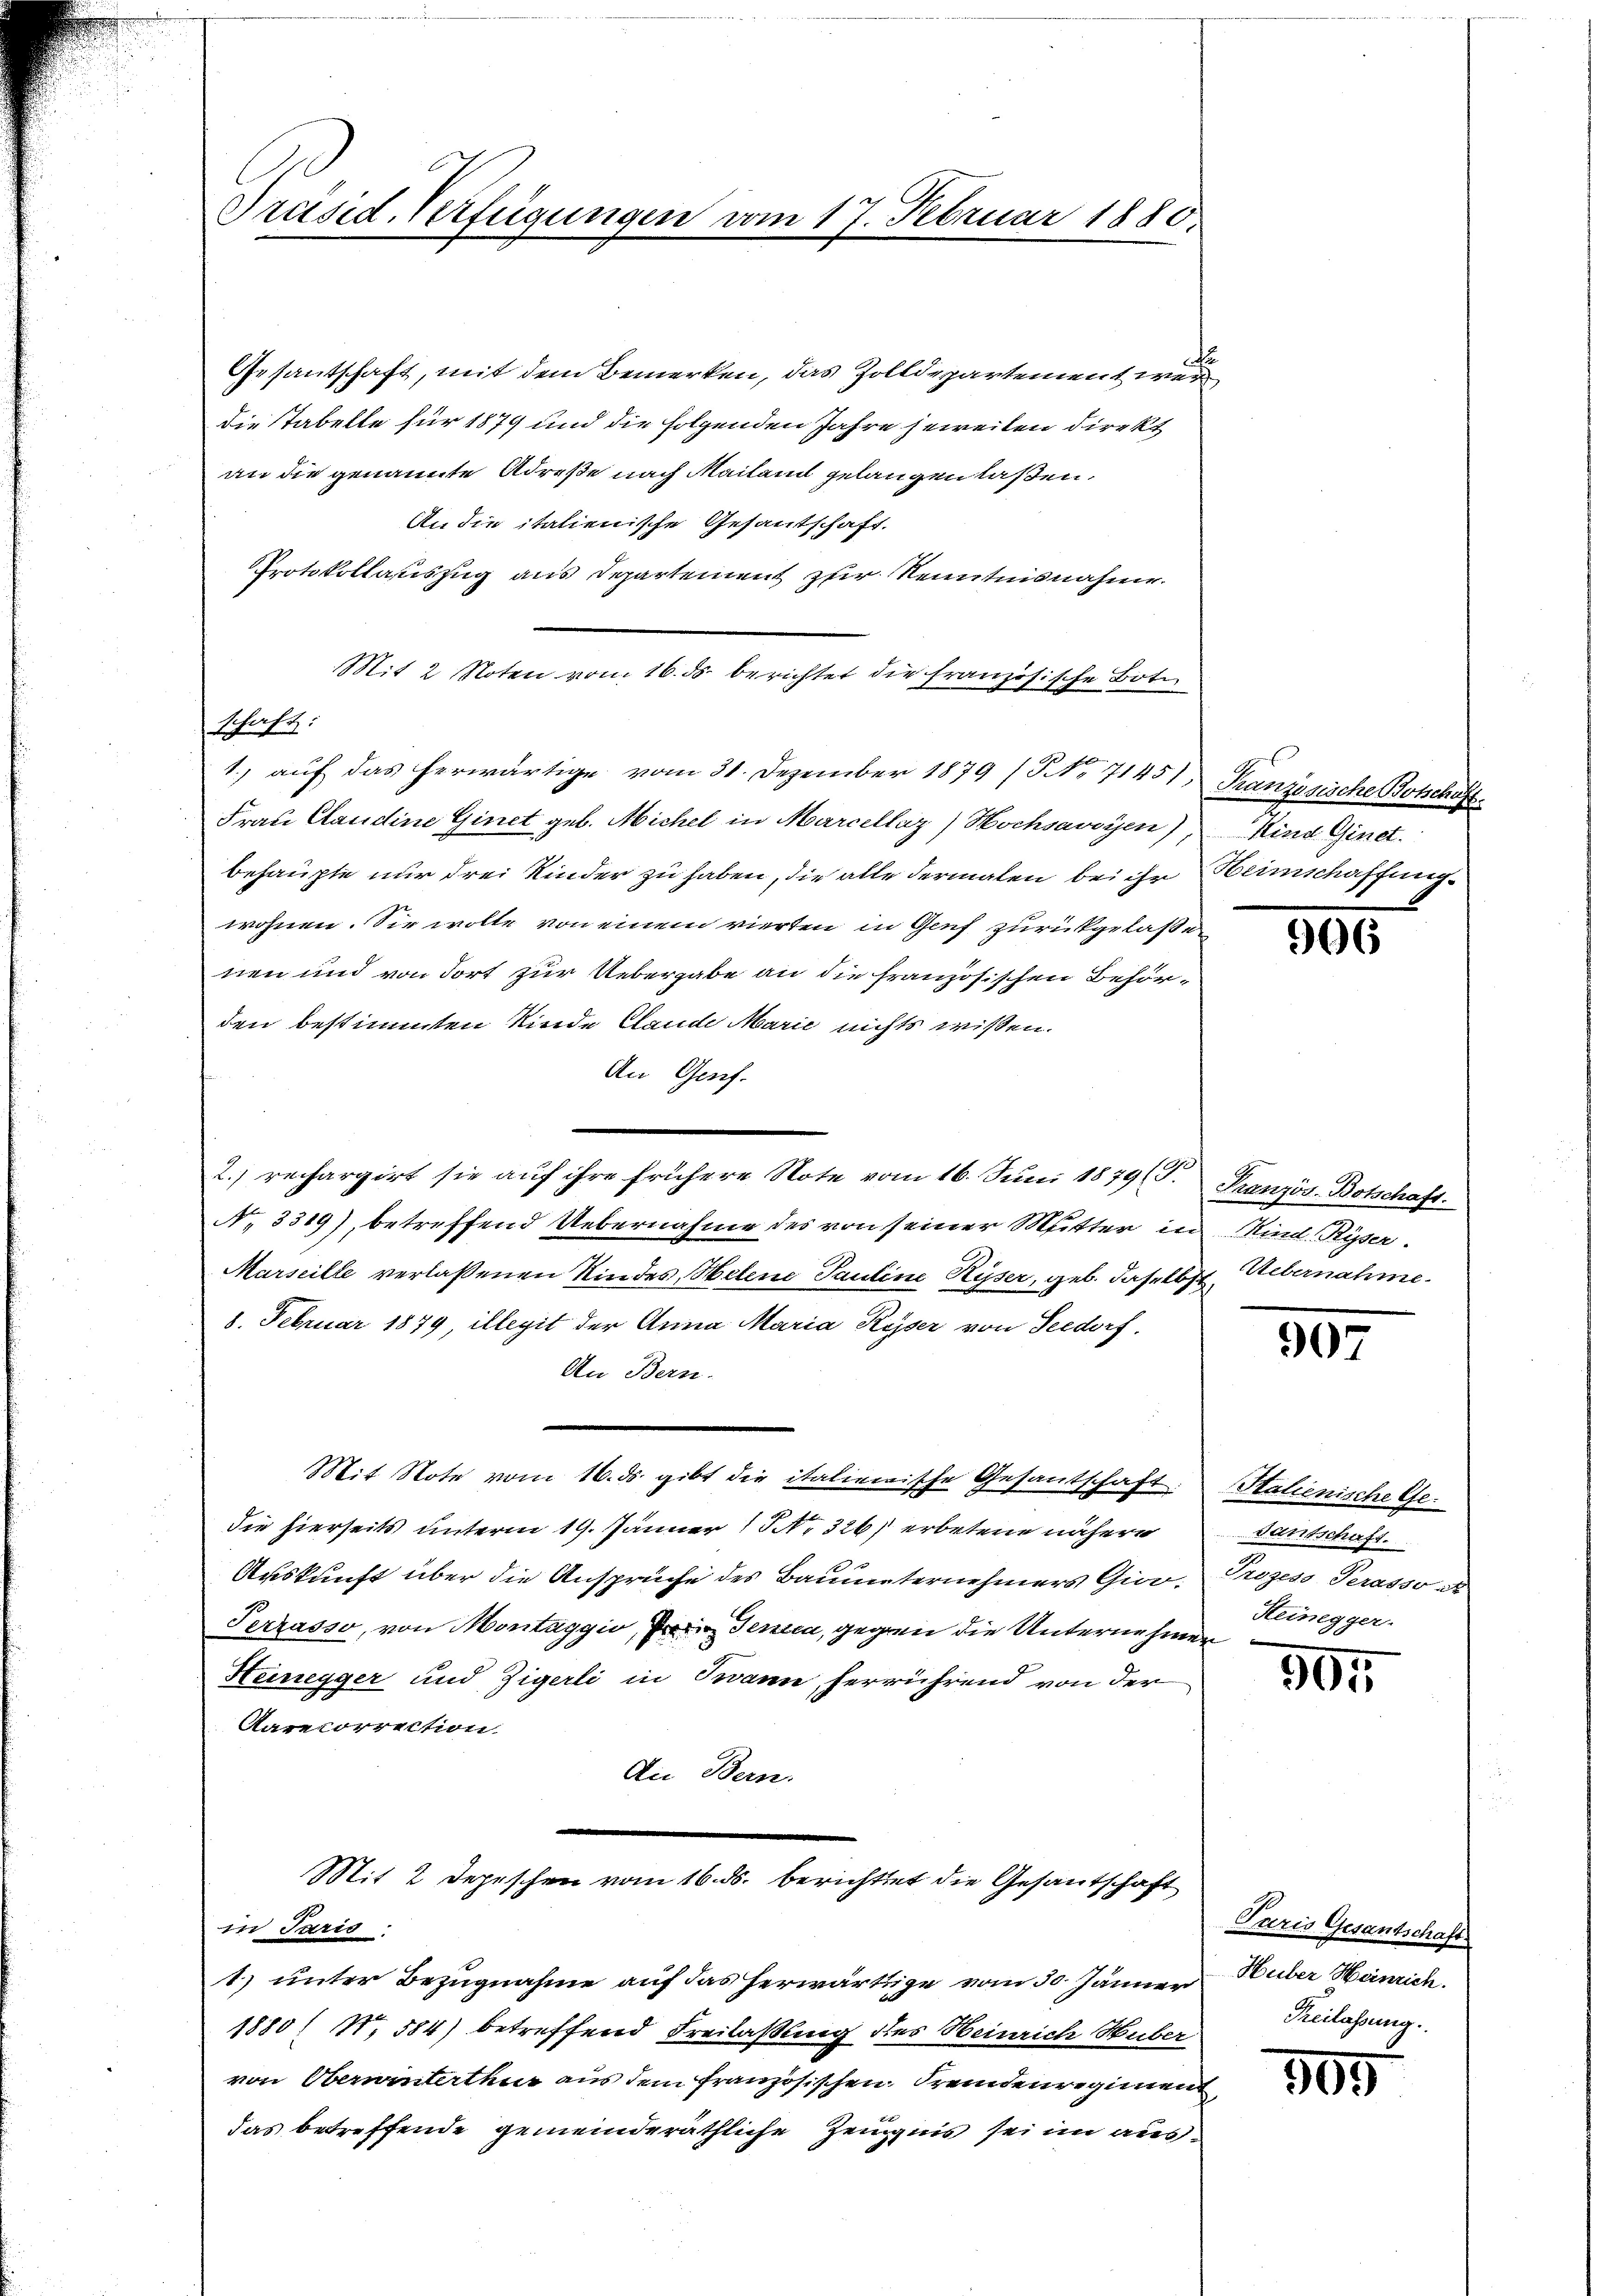
Präsid. Verfügungen vom

Gesantschaft, mit dem Bemerken, das Zolldepartement we
die Tabelle für 1879 und die folgenden Jahre jeweilen direkt
an die genannte Adrese nach Mailand gelangen laßen.
An die italienische Gesantschaft.
Protokollauszug aus Departement zur Kenntnisnahme.
Mit 2 Noten von 16. ds. berichtet die französische Bote
schaft:
1.) auf das herwärtige vom 31. Dezember 1879 (NNo. 71451, Französische Botschaft
Frau Claudine Ginet geb. Michel in Marcellaz) Hochsavoyen), Kind Ginet.
behaupte nur drei Kinder zu haben, die alle dermalen bei ihr Herinschaffung
wohnen. Sie wolle von einem vierten in Genf zurückgelaßen
nen und von dort zur Uebergabe an die französischen Behörden bestimmten Kinde Clande Marić nichts wissen.
An Genf.
2. rechargirt sie auf ihre frühere Note vom 16. Juni 1879 (T. Französ. Botschaft.
No 3319), betreffend Uebernahme des von seiner Mutter in Minde Ryser
Marseille verlassenen Kindes, Helene Pauline Ryser, geb. daselbst Uebernahme
8. Februar 1879, illegit der Anna Maria Ryser von Seedorf,
An Bern.
Mit Note vom 16. ds. gibt die italienische Gesantschaft
die hierseits unterm 19. Jänner 1 S. 326) erbetene nähere
Auskunft über die Ansprüche des Bauunternehmers Gioo¬
Terzasso, von Montaggio, in Jena, gegen die Unternehmen
Heinegger und Zigerli in Twann herrührend von der
Aarecorrection
Ai Bern.
Mit 2 Depeschen vom 16. ds. berichtet die Gesantschaft
in Paris.
1) unter Bezugnahme auf das herwärtige vom 30. Jänner
1880/ N. 584) betreffend Freilaßung des Heinrich Huber
von Oberwinterthur aus dem französischen Fremdenregiment
das betreffende gemeinderäthliche Zeugnis sei im aus¬

17. Februar 1880.

905

907

Stalienische Gedantschaft.
Prozess Terasso a
Steinegger.

904

Paris Gesantschaft
Huber Heinrich.
Reilassung.

309